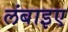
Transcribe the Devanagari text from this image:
लंबाइए